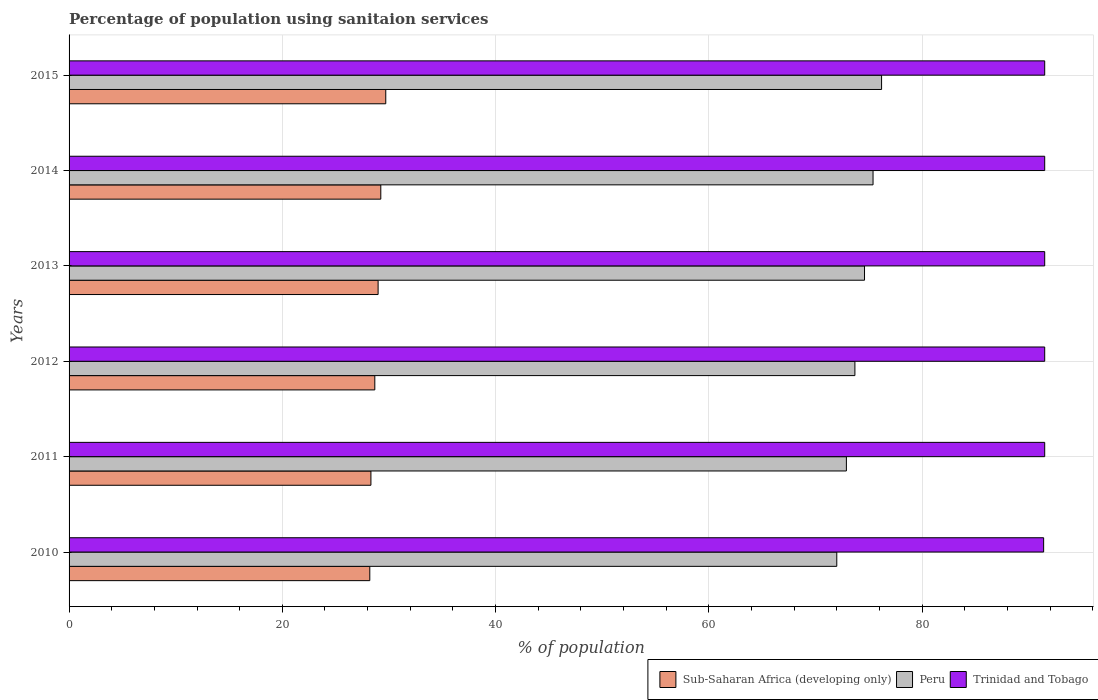
| Years | Sub-Saharan Africa (developing only) | Peru | Trinidad and Tobago |
 | --- | --- | --- | --- |
 | 2010 | 28.2 | 72 | 91.4 |
 | 2011 | 28.3 | 72.9 | 91.5 |
 | 2012 | 28.7 | 73.7 | 91.5 |
 | 2013 | 29 | 74.6 | 91.5 |
 | 2014 | 29.2 | 75.4 | 91.5 |
 | 2015 | 29.7 | 76.2 | 91.5 |